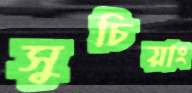
সুচিয়াং